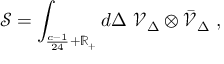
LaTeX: { \mathcal { S } } = \int _ { { \frac { c - 1 } { 2 4 } } + \mathbb { R } _ { + } } d \Delta \ { \mathcal { V } } _ { \Delta } \otimes { \bar { \mathcal { V } } } _ { \Delta } \ ,